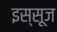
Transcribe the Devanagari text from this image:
इस्सूज